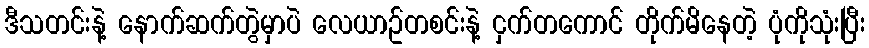
ဒီသတင်းနဲ့ နောက်ဆက်တွဲမှာပဲ လေယာဥ်တစင်းနဲ့ ငှက်တကောင် တိုက်မိနေတဲ့ ပုံကိုသုံးပြီး